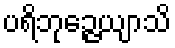
ပရိဘုဉ္ဇေယျာသိ